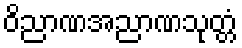
ဝိညာဏအညာဏသုတ္တံ